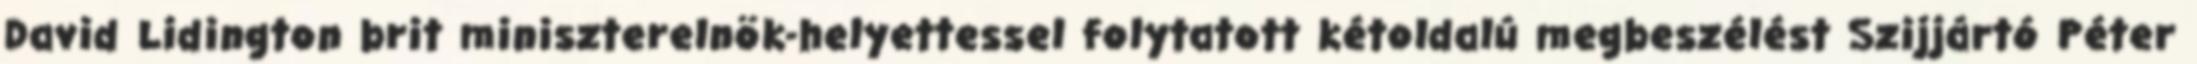
David Lidington brit miniszterelnök-helyettessel folytatott kétoldalú megbeszélést Szijjártó Péter